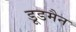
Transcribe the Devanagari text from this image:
डूडमैन